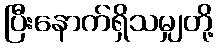
ပြီးနောက်ရှိသမျှတို့